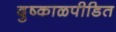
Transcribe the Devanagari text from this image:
दुष्काळपीडित